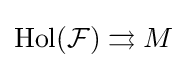
\mathrm {Hol} ({\mathcal {F}})\rightrightarrows M